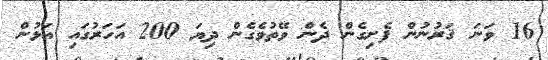
16 ވަނަ ޤަރުނުން ފެށިގެން ދެން ވޭތުވެގެން ދިޔަ 200 އަހަރުގައި އަޅުން